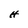
Character: H